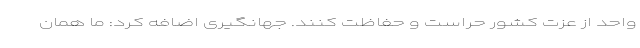
واحد از عزت کشور حراست و حفاظت کنند. جهانگیری اضافه کرد: ‌ما همان